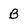
Character: B